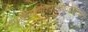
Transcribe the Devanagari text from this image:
स्वपद्धत्यामीशानशिवदेशिकः।।